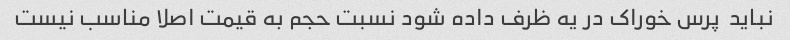
نباید  پرس خوراک در یه ظرف داده شود نسبت حجم به قیمت اصلا مناسب نیست